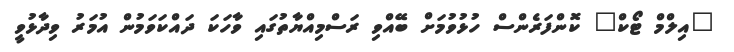
"އިލްމް ޓޯކް" ކޮންފަރެންސް ހުޅުވުމަށް ބޭއްވި ރަސްމިއްޔާތުގައި ވާހަކަ ދައްކަވަމުން އުމަރު ވިދާޅުވީ